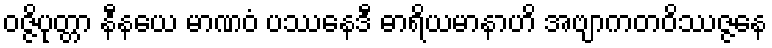
ဝဇ္ဇိပုတ္တာ နီနယေ မာဏဝံ ပဿေနဒီ ဓာရိယမာနာဟိ အဗျာကတဝိဿဇ္ဇနေ